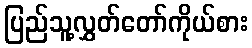
ပြည်သူ့လွှတ်တော်ကိုယ်စား